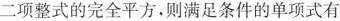
二项整式的完全平方，则满足条件的单项式有